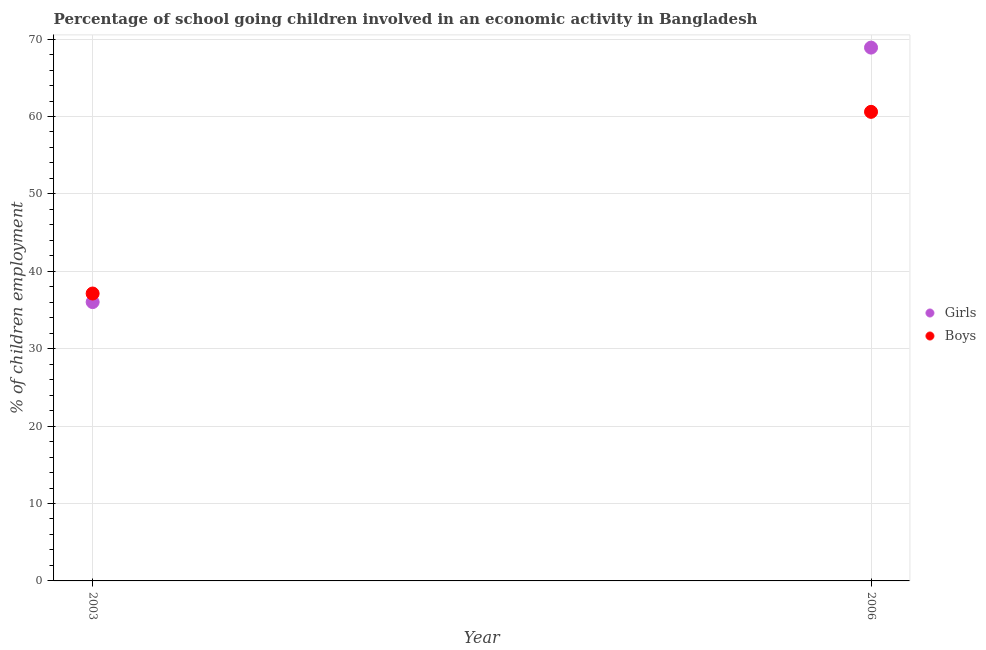
| Year | Girls | Boys |
 | --- | --- | --- |
 | 2003 | 36 | 37.1 |
 | 2006 | 68.9 | 60.6 |